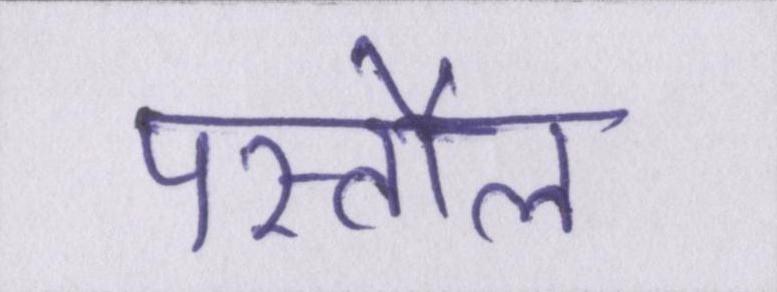
पस्तौल